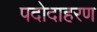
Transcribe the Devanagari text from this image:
पदोदाहरण